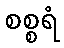
စစ္စရံ